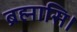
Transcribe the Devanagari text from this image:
ब्रह्मासि।